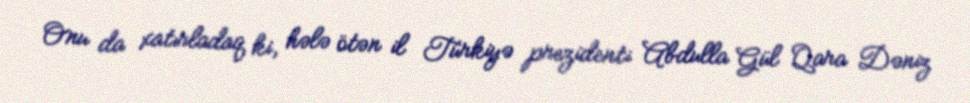
Onu da xatırladaq ki, hələ ötən il Türkiyə prezidenti Abdulla Gül Qara Dəniz